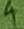
Text: 4